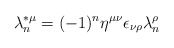
\begin{align*}\lambda ^{*\mu }_n=(-1)^n \eta ^{\mu \nu }\epsilon _{\nu \rho}\lambda ^{\rho}_n\end{align*}